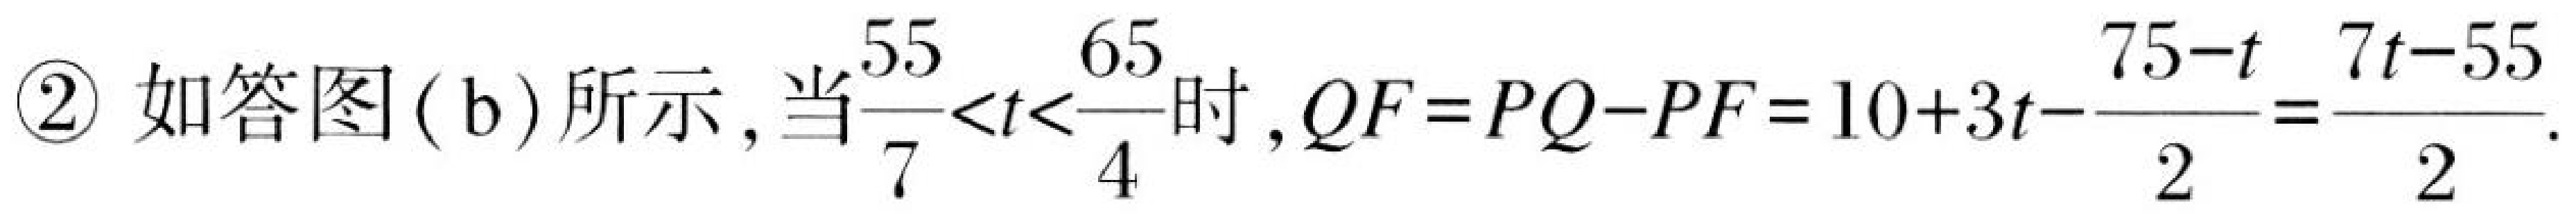
\textcircled{2} 如答图 (b) 所示, 当\(\dfrac{55}{7}<t<\dfrac{65}{4}\)时, \(QF = PQ - PF=10 + 3t-\dfrac{75 - t}{2}=\dfrac{7t - 55}{2}\).